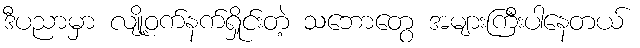
ဒီပညာမှာ လျို့ဝက်နက်ရှိုင်းတဲ့ သဘောတွေ အများကြီးပါနေတယ်